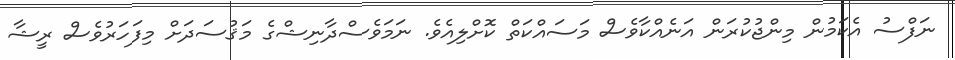
ނަފްސު އެކަމުން މިންޖުކުރަން އަނެއްކާވެސް މަސައްކަތް ކޮށްލިއެވެ. ނަމަވެސްދާނިޝްގެ މަޤުސަދަަށް މިފަހަރުވެސް ރީޝާ